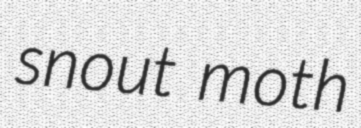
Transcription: snout moth